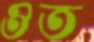
ওত